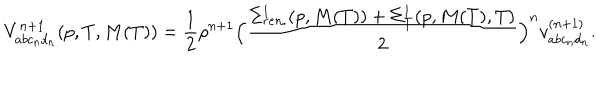
V _ { a b c _ { n } d _ { n } } ^ { n + 1 } ( p , T , M ( T ) ) = \frac { 1 } { 2 } \rho ^ { n + 1 } \Bigl ( \frac { \Sigma _ { r e n . } ^ { 1 } ( p , M ( T ) ) + \Sigma _ { T } ^ { 1 } ( p , M ( T ) , T ) } { 2 } \Bigr ) ^ { n } v _ { a b c _ { n } d _ { n } } ^ { ( n + 1 ) } .